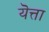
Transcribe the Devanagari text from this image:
यॆत्ता